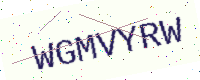
Text: WGMVYRW